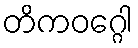
တိကဝဂ္ဂေါ